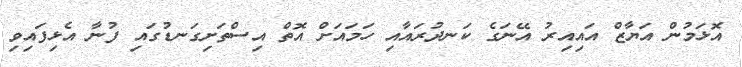
އޮޅަމުން އަޔާޒް އައިއިރު އޭނަގެ ކަނދުރައާއި ހަމައަށް އޮތް އިސްތަށިގަނޑުގައި ފުނާ އެޅިފައިވި